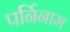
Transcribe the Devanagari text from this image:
पर्निनाम